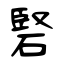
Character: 硻